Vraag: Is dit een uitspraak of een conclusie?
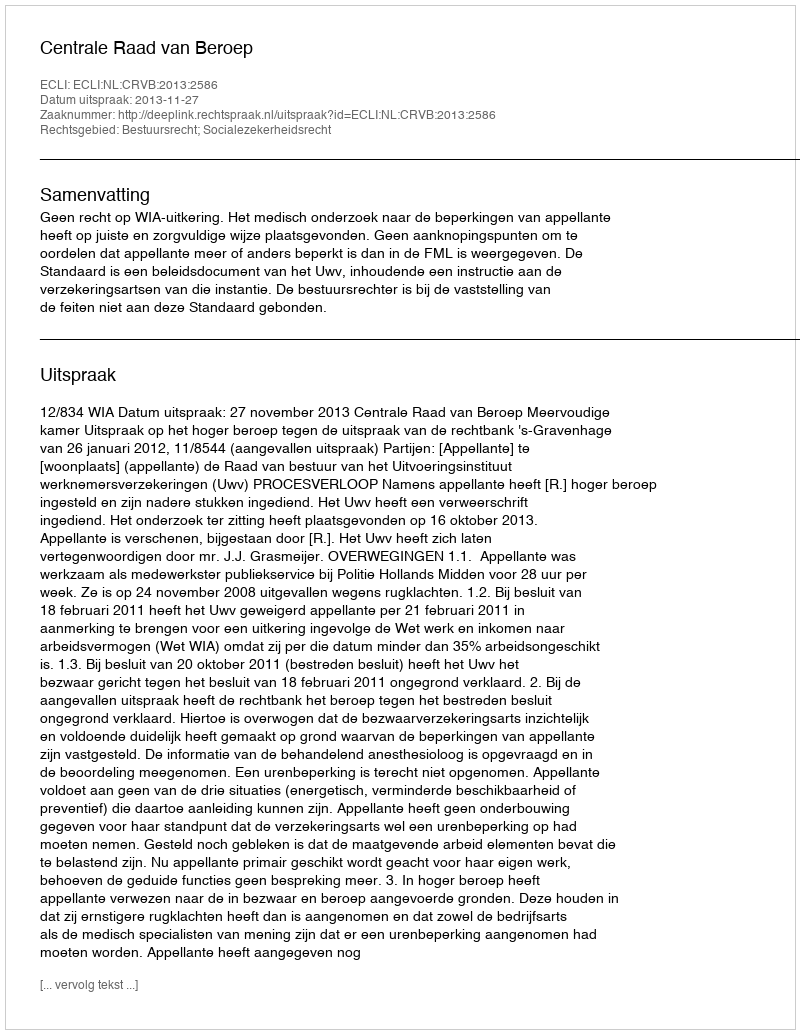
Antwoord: Uitspraak